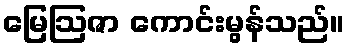
မြေဩဇာ ကောင်းမွန်သည်။